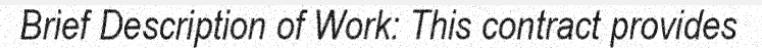
Brief Description of Work: This contract provides